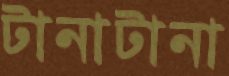
টানাটানা